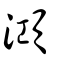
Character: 澒